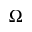
\Omega